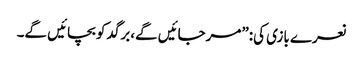
نعرے بازی کی:”مرجائیں گے،برگد کو بچائیں گے۔